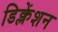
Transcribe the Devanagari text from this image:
डिक्लेंशन